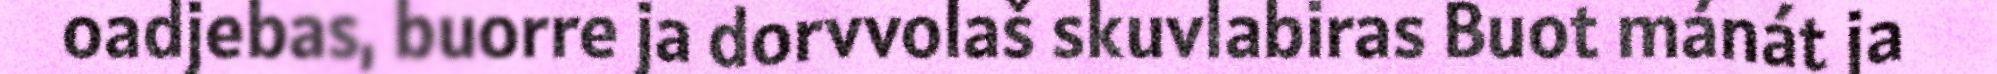
oadjebas, buorre ja dorvvolaš skuvlabiras Buot mánát ja